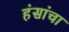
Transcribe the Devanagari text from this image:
हंसांचा